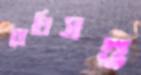
বোধিসত্ত্ব